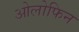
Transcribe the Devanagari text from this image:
ओलोफिन